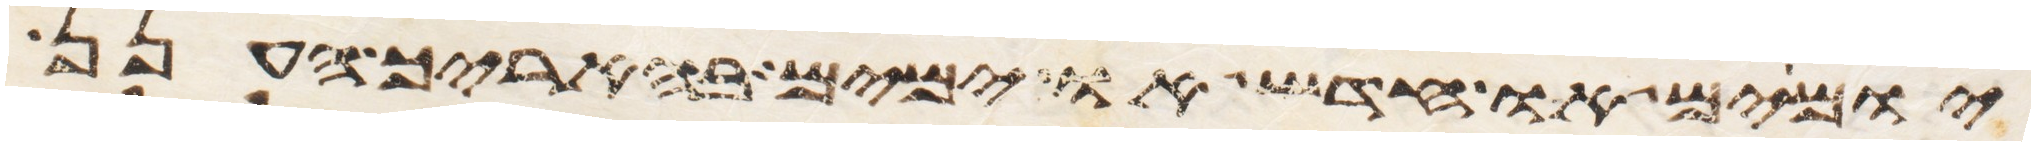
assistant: יומים או חדש או ימים בהאריך הענן